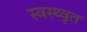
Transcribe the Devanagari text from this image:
स्वस्थ्वृत